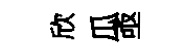
欣瓜亟